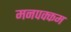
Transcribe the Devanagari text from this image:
मनपक्कम